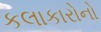
કલાકારોનો